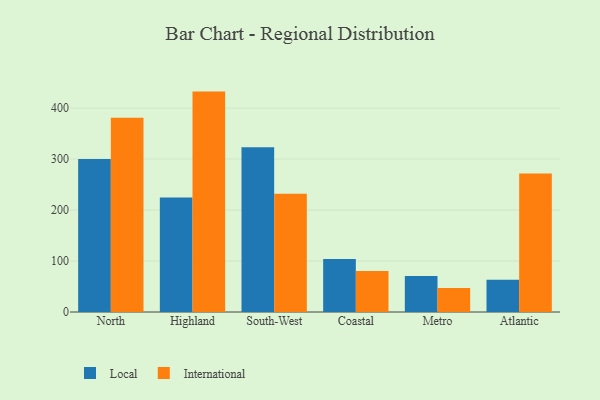
{"axis": {"x": "Region", "y": "Net Income (USD K)"}, "legend": ["International", "Local"], "data": [{"x": "North", "y": 300.2, "type": "Local"}, {"x": "North", "y": 380.8, "type": "International"}, {"x": "Highland", "y": 224.6, "type": "Local"}, {"x": "Highland", "y": 432.3, "type": "International"}, {"x": "South-West", "y": 323.2, "type": "Local"}, {"x": "South-West", "y": 232.0, "type": "International"}, {"x": "Coastal", "y": 104.2, "type": "Local"}, {"x": "Coastal", "y": 80.5, "type": "International"}, {"x": "Metro", "y": 70.5, "type": "Local"}, {"x": "Metro", "y": 47.2, "type": "International"}, {"x": "Atlantic", "y": 63.5, "type": "Local"}, {"x": "Atlantic", "y": 271.9, "type": "International"}]}